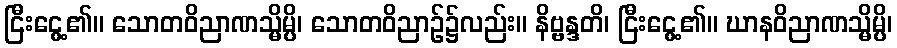
ငြီးငွေ့၏။ သောတဝိညာဏသ္မိမ္ပိ၊ သောတဝိညာဉ်၌လည်း။ နိဗ္ဗန္ဒတိ၊ ငြီးငွေ့၏။ ဃာနဝိညာဏသ္မိမ္ပိ၊